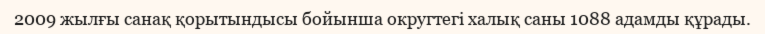
2009 жылғы санақ қорытындысы бойынша округтегі халық саны 1088 адамды құрады.